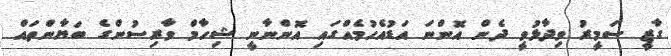
ގާޒީ ސަމީރު ވިދާޅުވީ ދެން އޮންނަ އަޑުއެހުމެއްގައި އޮންނާނީ ޝިހާމް ވާރިސުންގެ ބަޔާންތައް